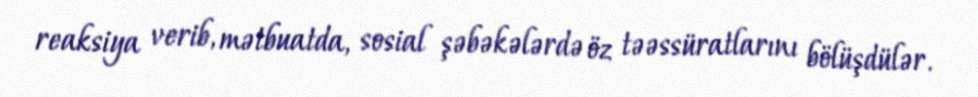
reaksiya verib, mətbuatda, sosial şəbəkələrdə öz təəssüratlarını bölüşdülər.